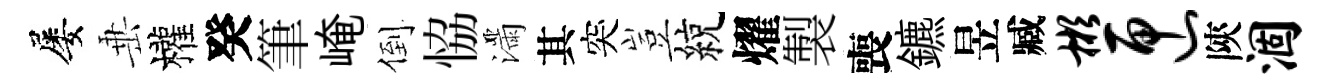
屡𡸁權癸筆崦倒恊滿其突豈綂燿製喪鑣昱臧彬匣陝涸